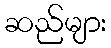
ဆည်များ